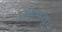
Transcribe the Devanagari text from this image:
फलकू